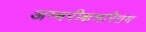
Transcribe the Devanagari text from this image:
अम्बरीक्षचरितम